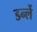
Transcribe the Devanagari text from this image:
डर्न्ले